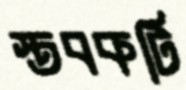
স্তবকটি